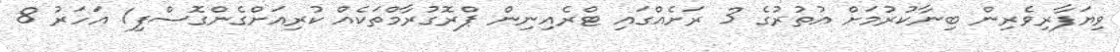
ވިޔަފާރިވެރިން ބިނާކުރުމަށް އުތުރުގެ 3 ރަށެއްގައި ޓްރެއިނިން ޕްރޮގުރާމްތަކެއް ކުރިއަށްގެންގޮސްފި1 އަހަރު 8